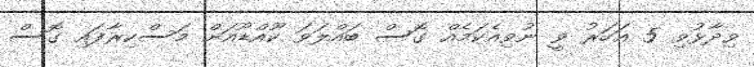
ވިދާޅުވި 5 އަހަރު ވީ ނުވިއެކަމެއް ގޮސް ބައްލަވަ ކޫއްޑޫއަށް މަސްކިރާފައި ގޮސް